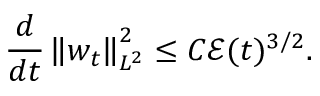
\frac { d } { d t } \left\| w _ { t } \right\| _ { L ^ { 2 } } ^ { 2 } \leq C \mathcal { E } ( t ) ^ { 3 / 2 } .